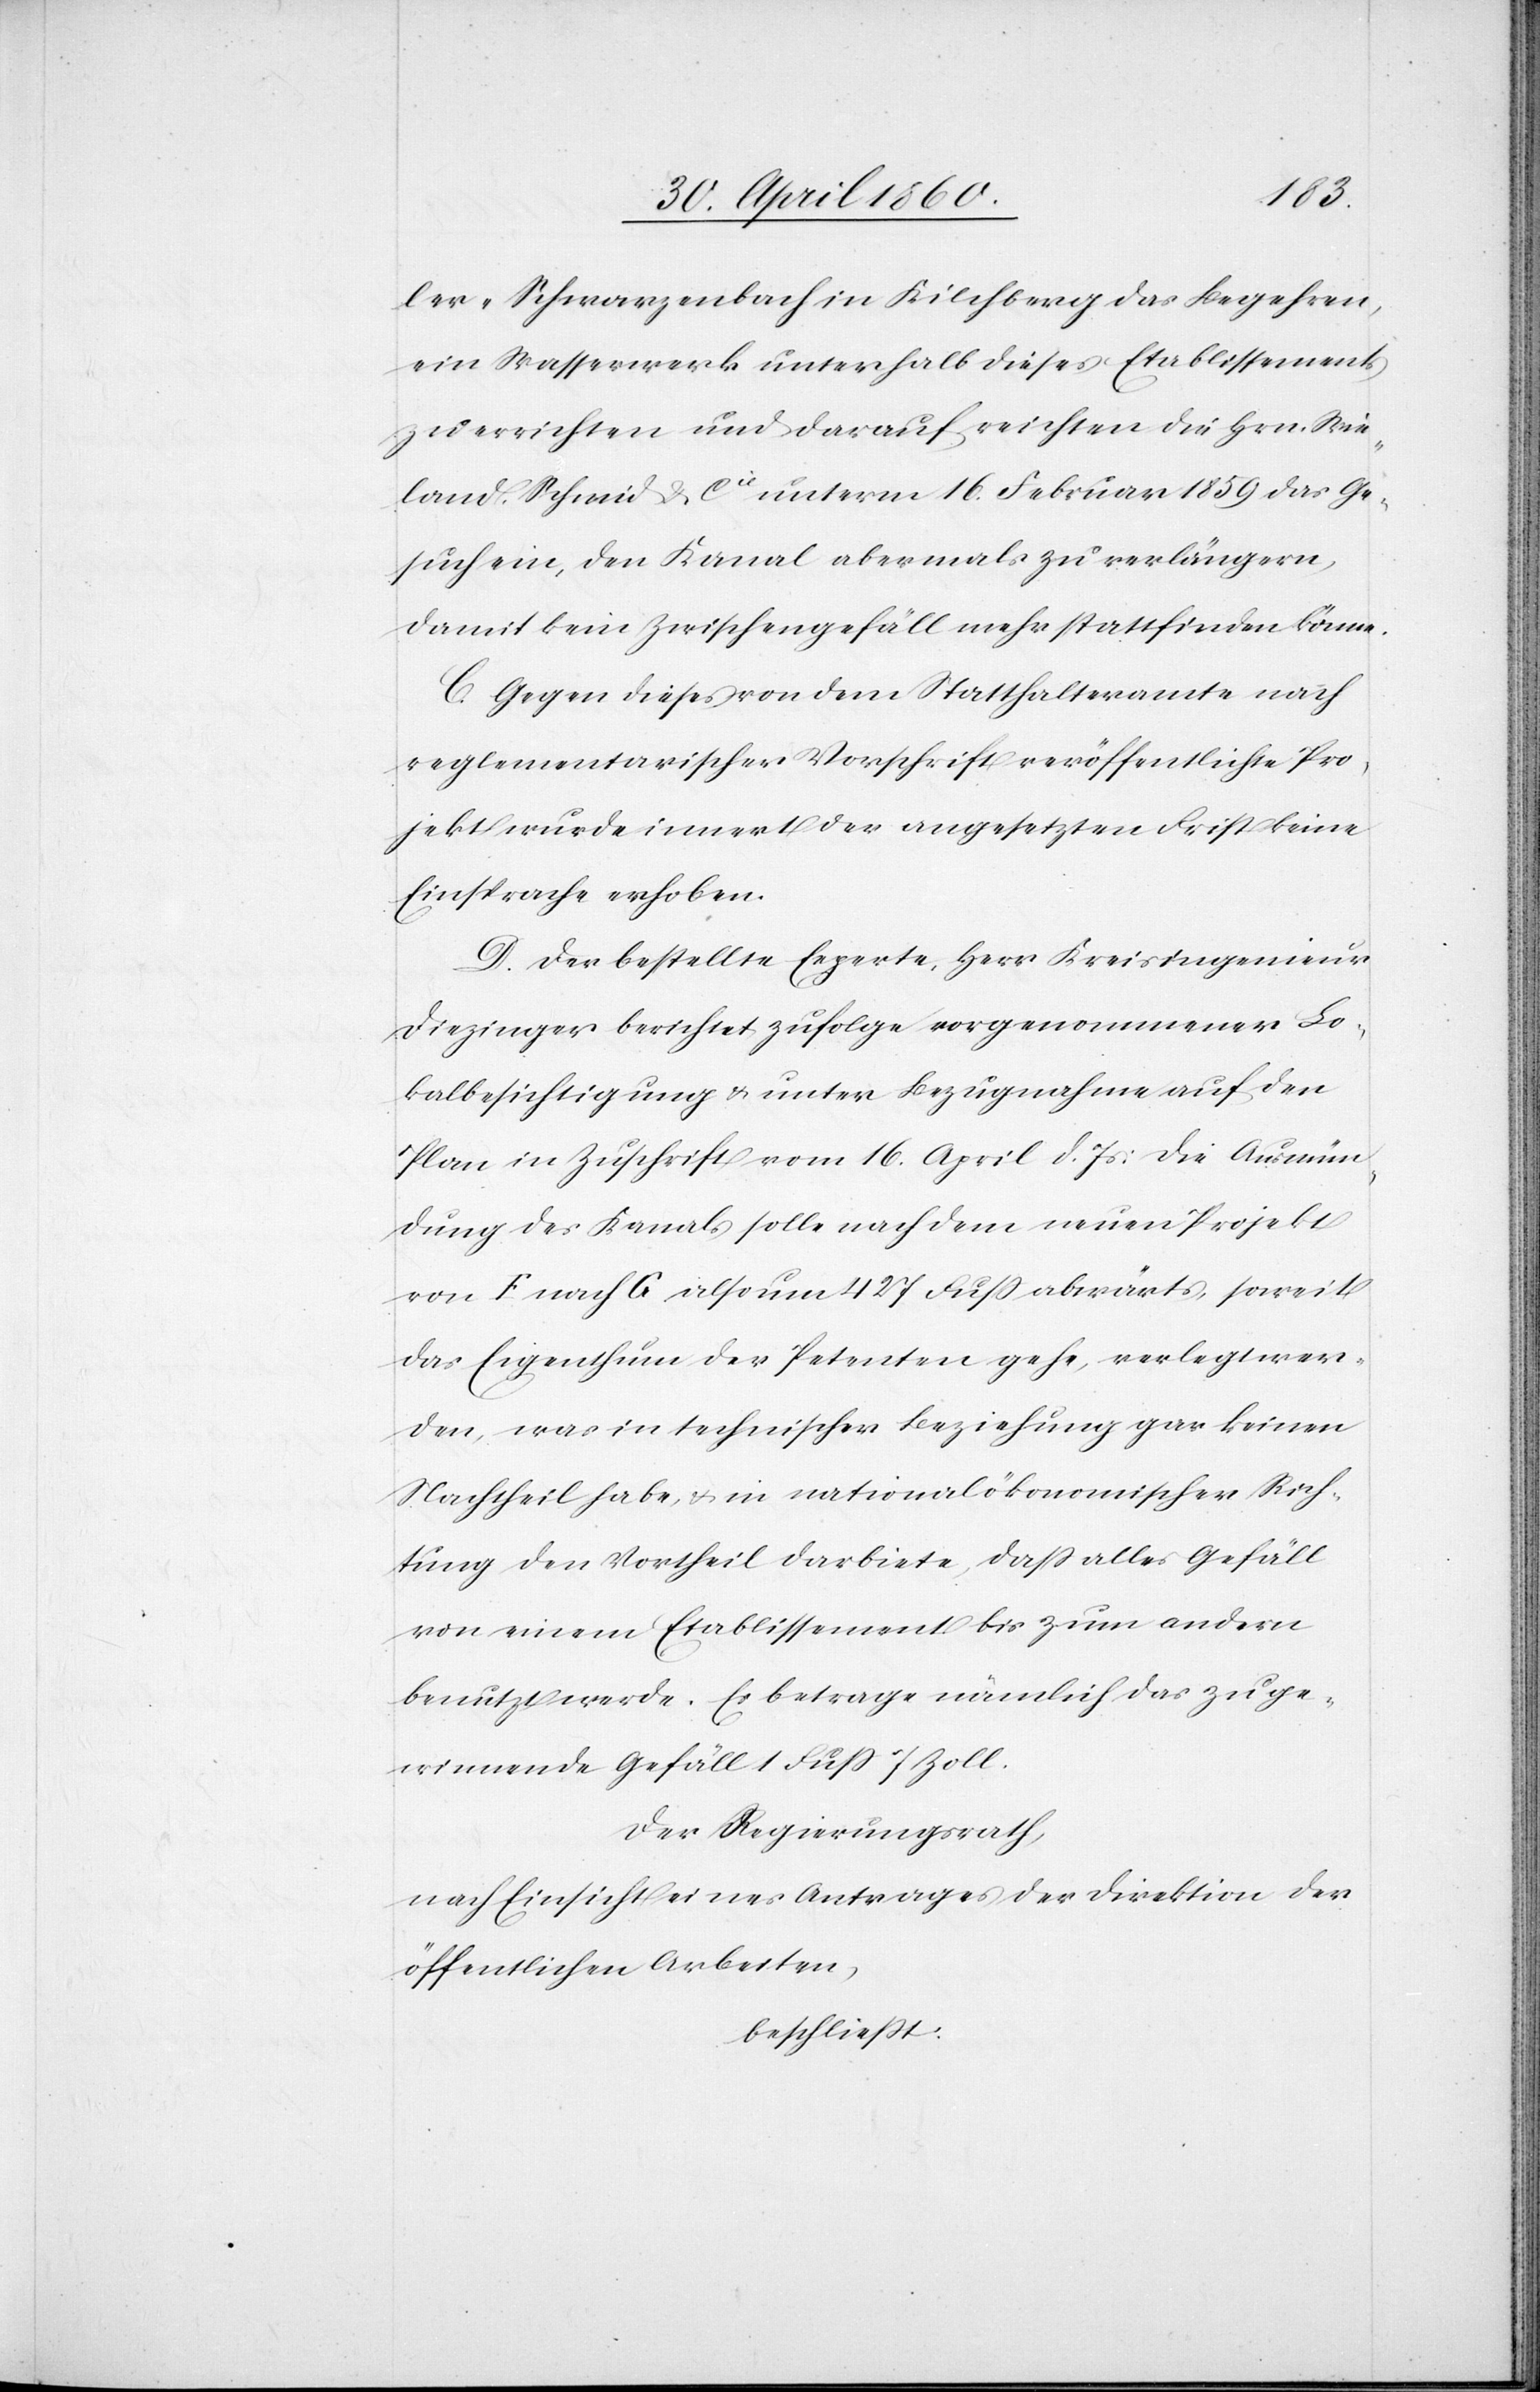
ler-Schwarzenbach in Kilchberg das Begehren,
ein Wasserwerk unterhalb dieses Etablissements
zu errichten und darauf reichten die Hrn. Wie¬
land, Schmid u. Cie unterm 16. Februar 1859 das Ge¬
such ein, den Kanal abermals zu verlängern,
damit kein Zwischengefäll mehr stattfinden könne.
C. Gegen dieses von dem Statthalteramte nach
reglementarischer Vorschrift veröffentlichte Pro¬
jekt wurde innert der angesetzten Frist keine
Einsprache erhoben.
D. Der bestellte Experte, Herr Kreisingenieur
Diezinger berichtet zufolge vorgenommener Lo¬
kalbesichtigung u. unter Bezugnahme auf den
Plan in Zuschrift vom 16. April d. Js: Die Ausmün¬
dung des Kanals solle nach dem neuen Projekt
von F. nach G. also um 427 Fuss abwärts, soweit
das Eigenthum der Petenten gehe, verlegt wer¬
den, was in technischer Beziehung gar keinen
Nachtheil habe u. in national ökonomischer Rich¬
tung den Vortheil darbiete, dass alles Gefäll
von einem Etablissement bis zum andern
benutzt werde. Es betrage nämlich das zu ge¬
winnende Gefäll 1 Fuss 7 Zoll.
Der Regierungsrath,
nach Einsicht eines Antrages der Direktion der
öffentlichen Arbeiten,
beschliesst: